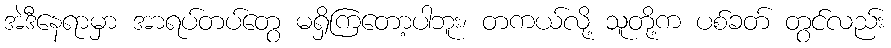
အဲဒီနေရာမှာ အာရပ်တပ်တွေ မရှိကြတော့ပါဘူး၊ တကယ်လို့ သူတို့က ပစ်ခတ် တွင်လည်း